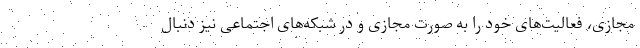
مجازی، فعالیت‌های خود را به صورت مجازی و در شبکه‌های اجتماعی نیز دنبال